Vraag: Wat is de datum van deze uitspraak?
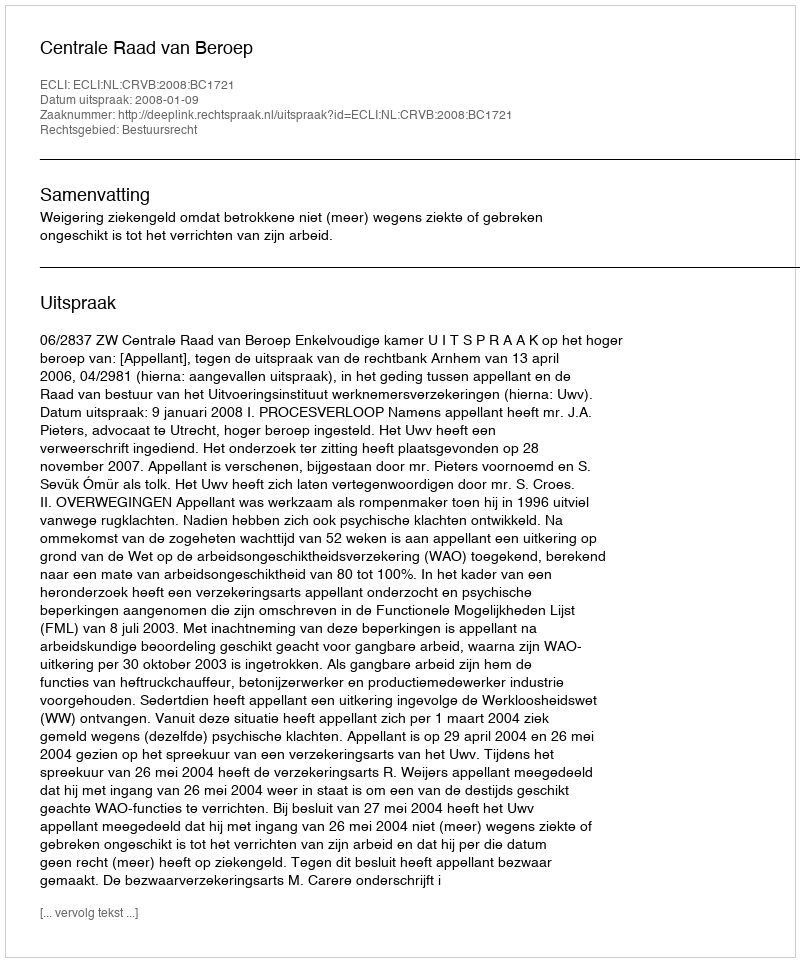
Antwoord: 2008-01-09